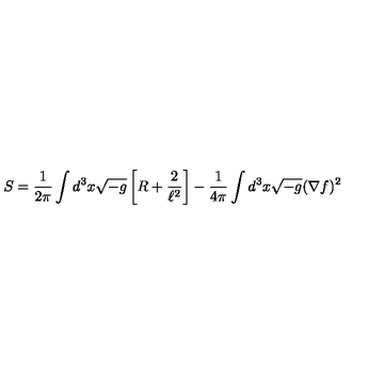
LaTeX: S = \frac { 1 } { 2 \pi } \int d ^ { 3 } x \sqrt { - g } \left[ R + \frac { 2 } { \ell ^ { 2 } } \right] - \frac { 1 } { 4 \pi } \int d ^ { 3 } x \sqrt { - g } ( \nabla f ) ^ { 2 }